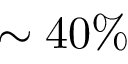
\sim 4 0 \%